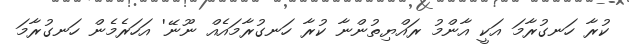
ކުރާ ހަނގުރާމަ އަކީ އާންމު ރައްޔިތުންނާ ކުރާ ހަނގުރާމައެއް ނޫނޭ' އަހަރެމެން ހަނގުރާމަ